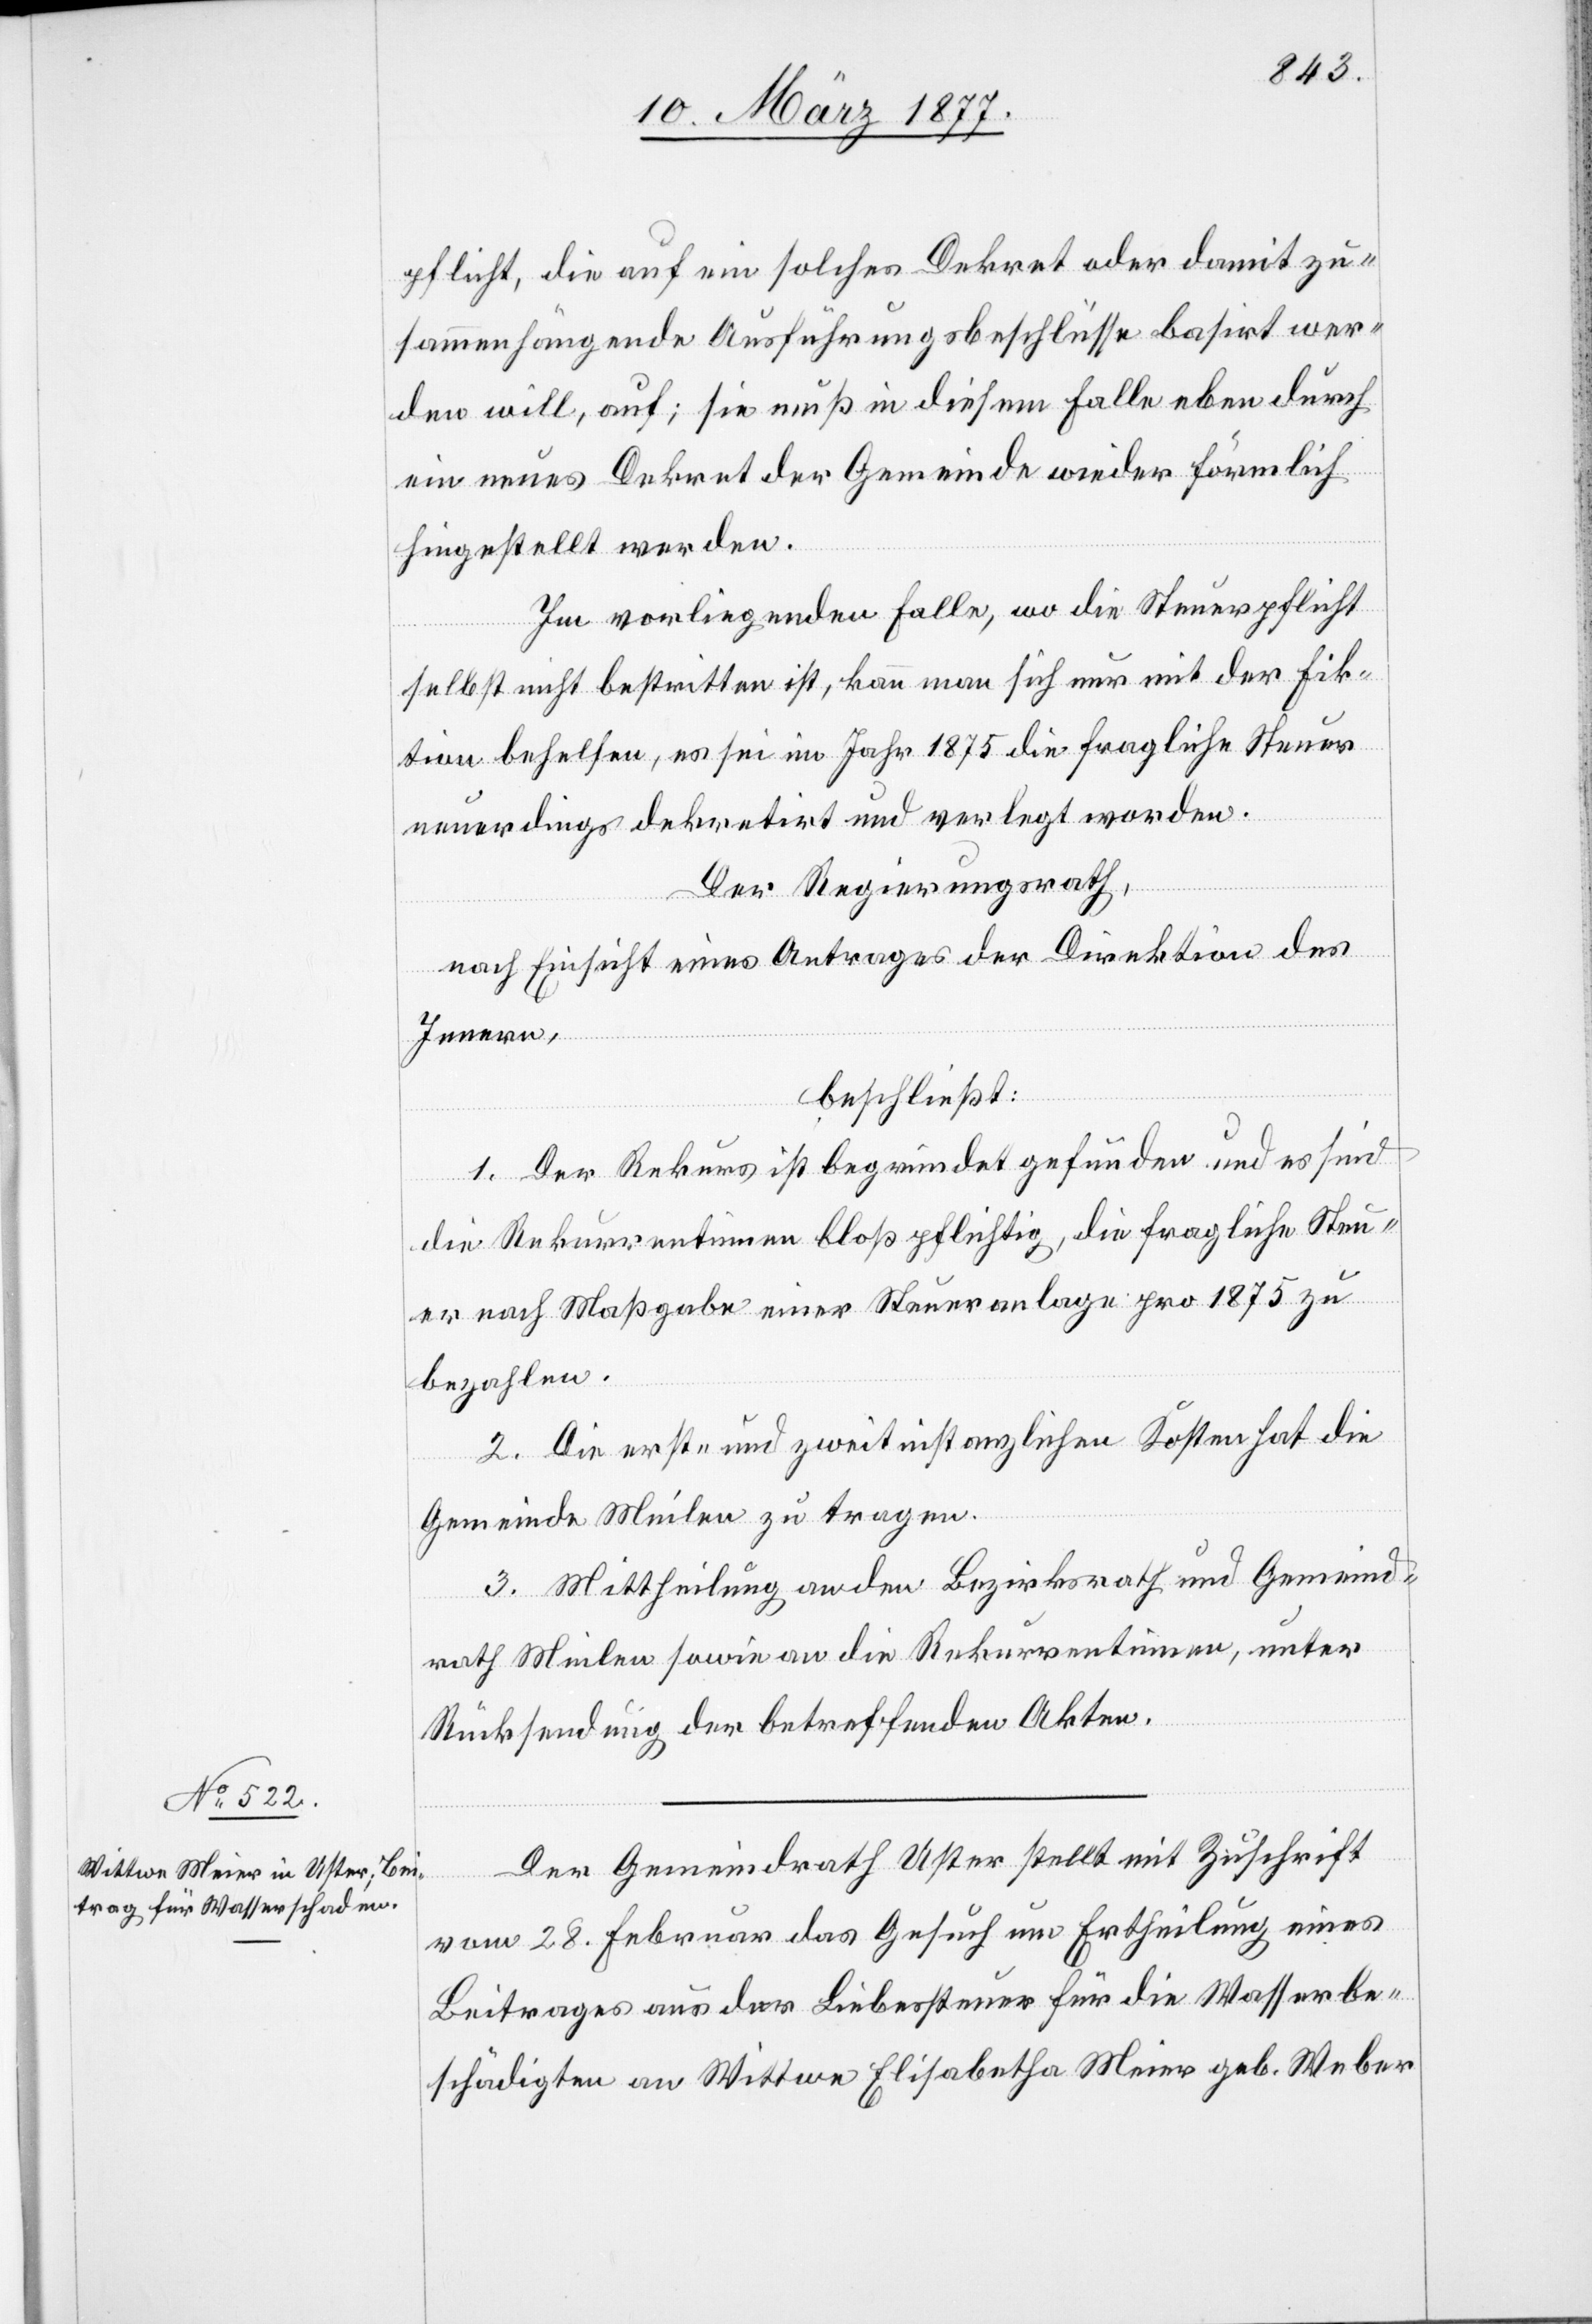
pflicht, die auf ein solches Dekret oder damit zu¬
sammenhängende Ausführungsbeschlüsse basirt wer¬
den will, auf; sie muß in diesem Falle eben durch
ein neues Dekret der Gemeinde wieder förmlich
hingestellt werden.
Im vorliegenden Falle, wo die Steuerpflicht
selbst nicht bestritten ist, kann man sich nur mit der Fik¬
tion behelfen, es sei im Jahr 1875 die fragliche Steuer
neuerdings dekretirt und verlegt worden.
Der Regierungsrath,
nach Einsicht eines Antrages der Direktion des
Innern,
beschließt:
1. Der Rekurs ist begründet gefunden und es sind
die Rekurrentinnen bloß pflichtig, die fragliche Steu¬
er nach Maßgabe einer Steueranlage pro 1875 zu
bezahlen.
2. Die erst- und zweitinstanzlichen Kosten hat die
Gemeinde Meilen zu tragen.
3. Mittheilung an den Bezirksrath und Gemeind¬
rath Meilen sowie an die Rekurrentinnen, unter
Rücksendung der betreffenden Akten.
Der Gemeindrath Uster stellt mit Zuschrift
vom 28. Februar das Gesuch um Ertheilung eines
Beitrages aus der Liebessteuer für die Wasserbe¬
schädigten an Wittwe Elisabetha Meier geb. Weber